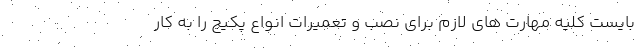
بایست کلیه مهارت های لازم برای نصب و تعمیرات انواع پکیج را به کار